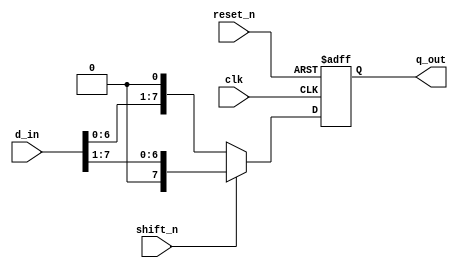
`timescale 1ns / 1ps
//////////////////////////////////////////////////////////////////////////////////
// Company: 
// Engineer: 
// 
// Design Name: 
// Module Name: shift_operator
// Project Name: 
// Target Devices: 
// Tool Versions: 
// Description: 
// 
// Dependencies: 
// 
// Revision:
// Revision 0.01 - File Created
// Additional Comments:
// 
//////////////////////////////////////////////////////////////////////////////////


module shift_operator(
input clk,
input [7:0] d_in,
input reset_n,
input shift_n,
output reg [7:0] q_out
);
always @(posedge clk, negedge reset_n)
begin
if(!reset_n)
begin
q_out <= 'b0;
end
else 
begin
    if(!shift_n)
        q_out <= d_in <<1'b1;
    else 
        q_out <= d_in >> 1'b1;
end
end
endmodule